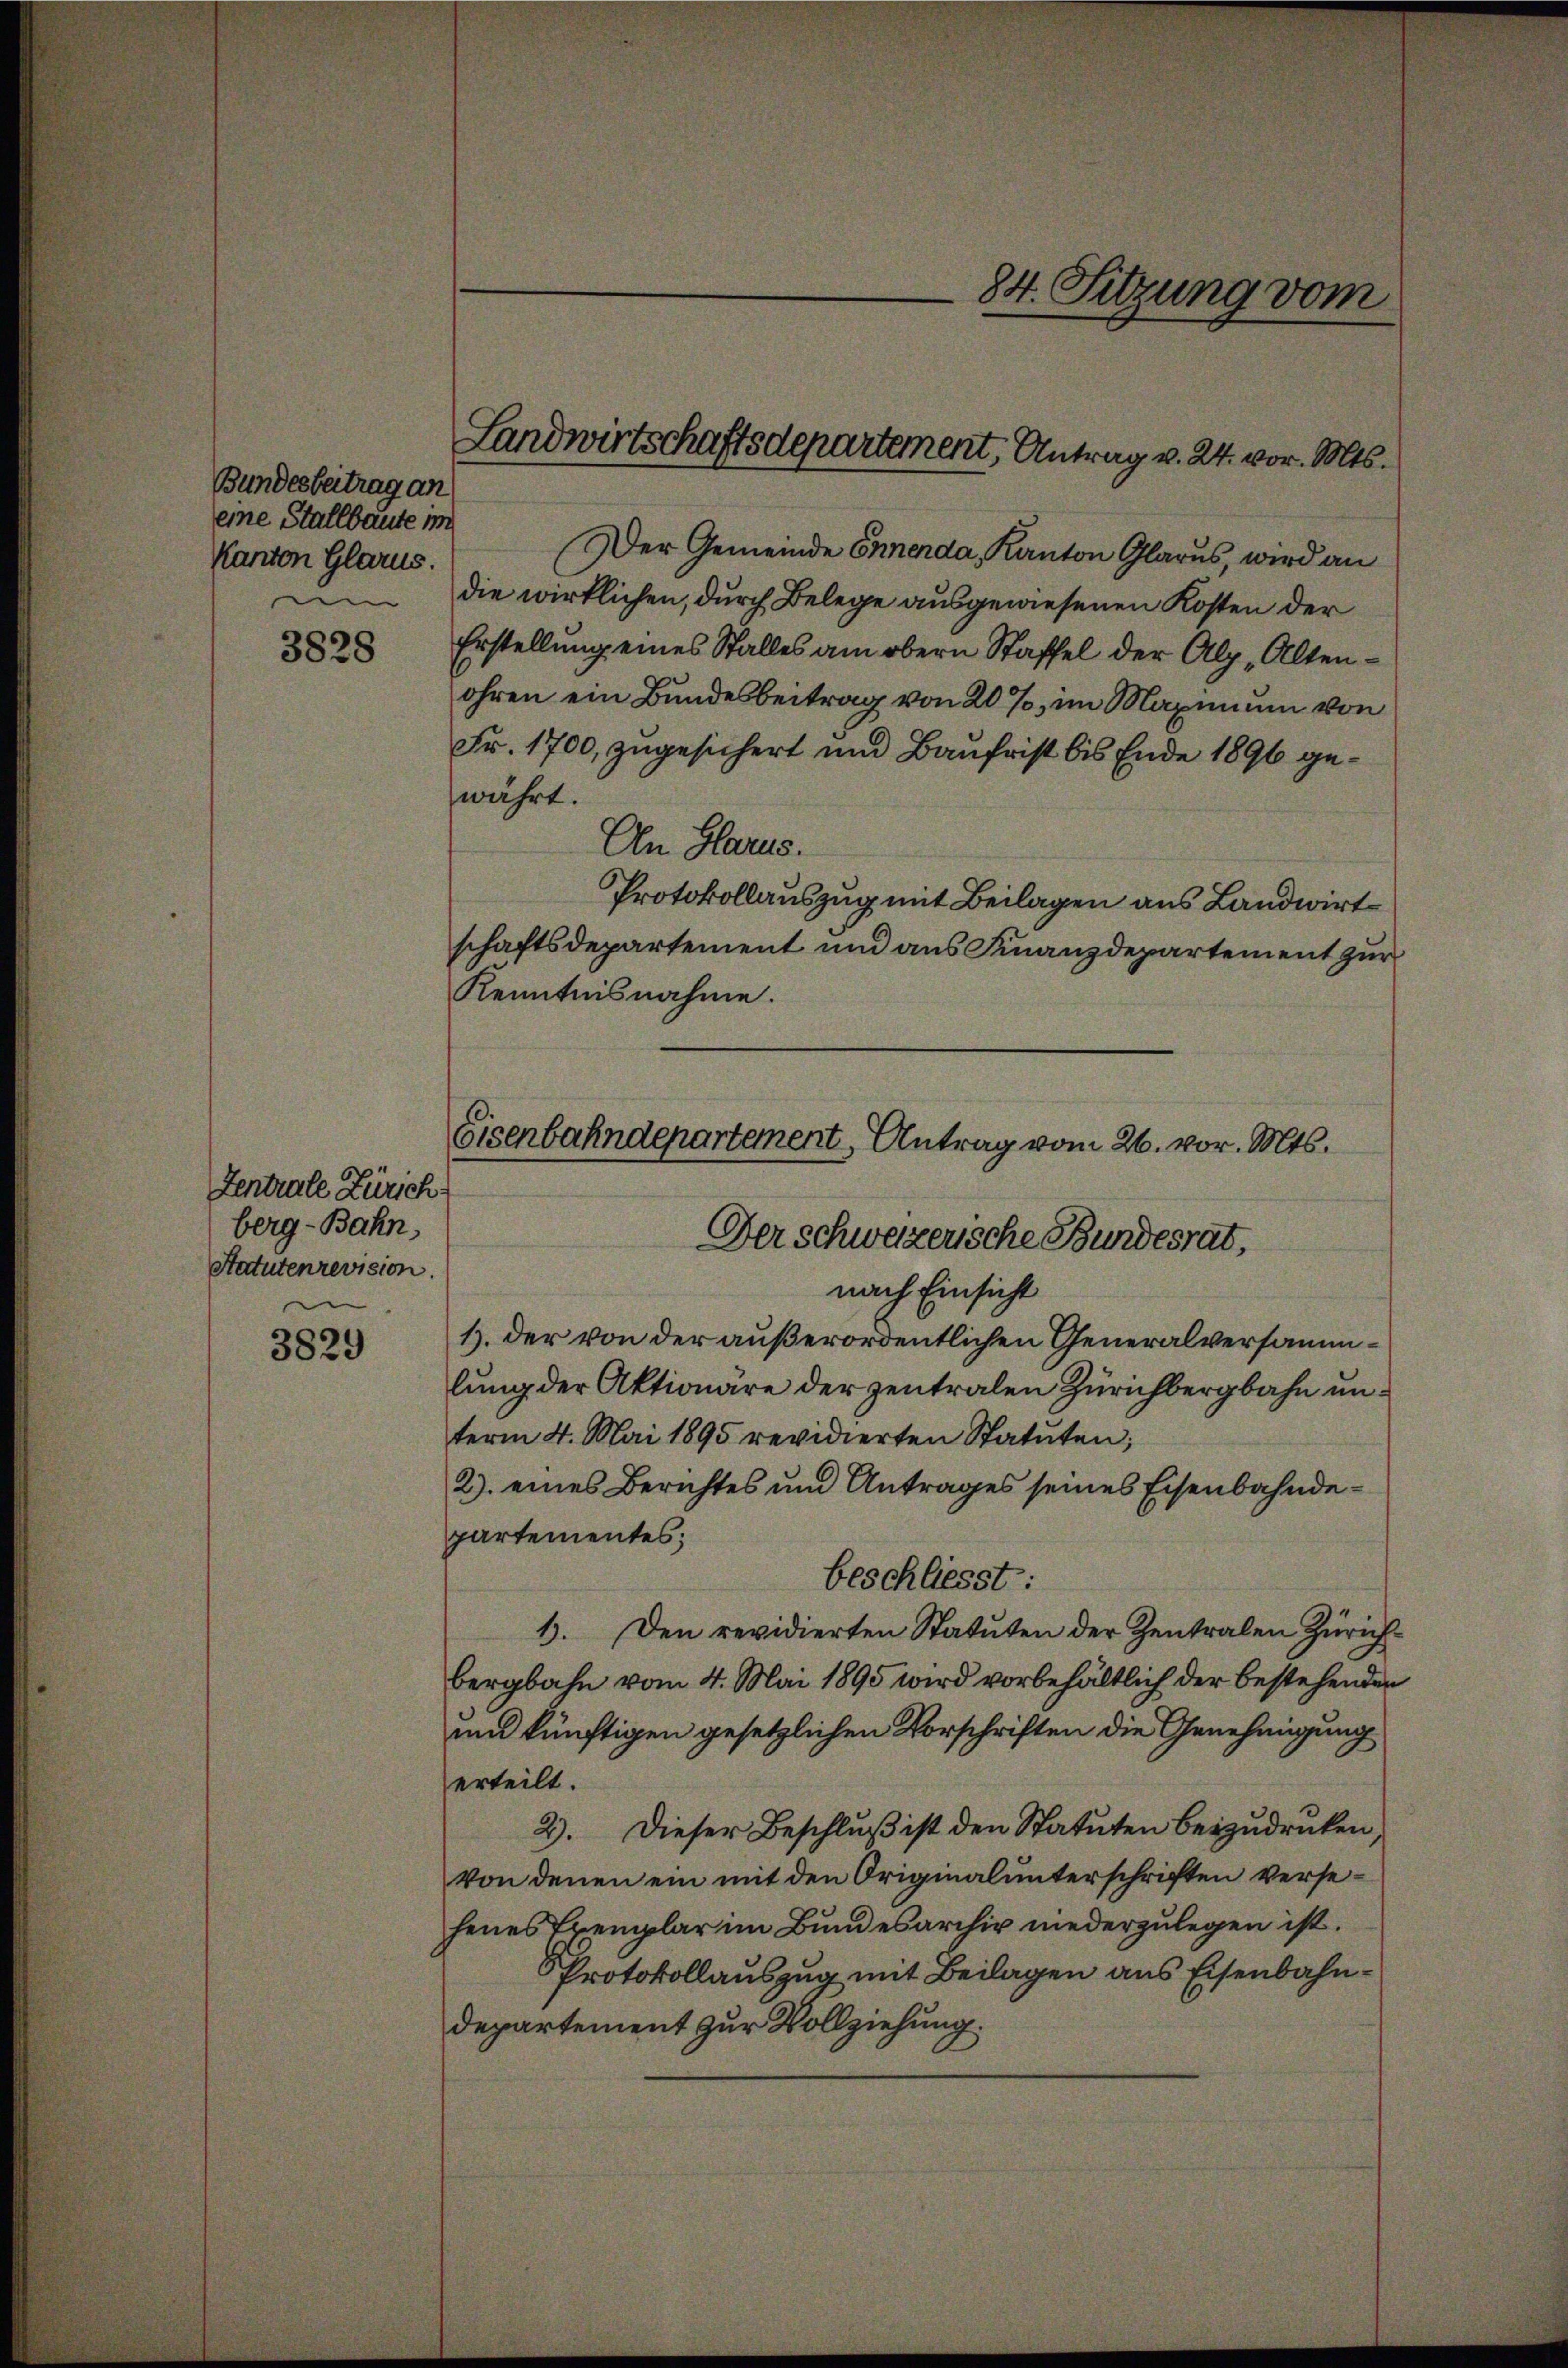
Bundesbeitrag an
eine Stallbaute in
Kanton Glarus.
e
3828

Zentrale Zürich
berg-Bahn,
Statutenrevision.
e

3829

Landwirtschaftsdepartement, Antrag v. 24. vor. Mts.

Der Gemeinde Ennenda, Kanton Glarus, wird an
die wirklichen, durch Belege ausgewiesenen Kosten der
Erstellung eines Stalles am obern Staffel der Alp, Altenohren ein Bundesbeitrag von 20 %, im Maximum von
Fr. 1700, zugesichert und Baufrist bis Ende 1890 gewährt.
Un Glarus.
Protokollauszug mit Beilagen aus Landwirt
schaftsdepartement und aus Finanzdepartement zur
Kenntnisnahme.
nach Einsicht
1). Der von der außerordentlichen Generalversammlung der Aktionäre der zentralen Zürichbergbahn unterm 4. Mai 1895 revidierten Statuten;
2) eines Berichtes und Antrages seines Eisenbahndepartementes:
beschliesst:
1. Den revidierten Statuten der Zentralen Zürich
bergbahn vom 4. Mai 1895 wird vorbehältlich der bestehenden
und künftigen gesetzlichen Vorschriften die Genehmigung
erteilt.
2). Dieser Beschluß ist den Statuten beizudruken
von denen ein mit den Originalunterschriften versehenes Tremplar im Bundesarchiv niederzulegen ist.
Protokollauszug mit Beilagen aus Eisenbahndepartement zur Vollziehung.

Eisenbahndepartement, Antrag vom 26. vor. Mts.
Der schweizerische Bundesrat,

84. Sitzung vom